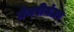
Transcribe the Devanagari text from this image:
ग्रेगरीनंतर